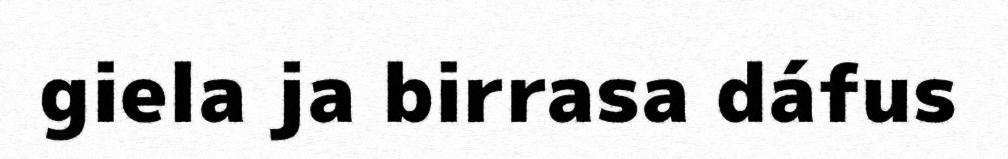
giela ja birrasa dáfus